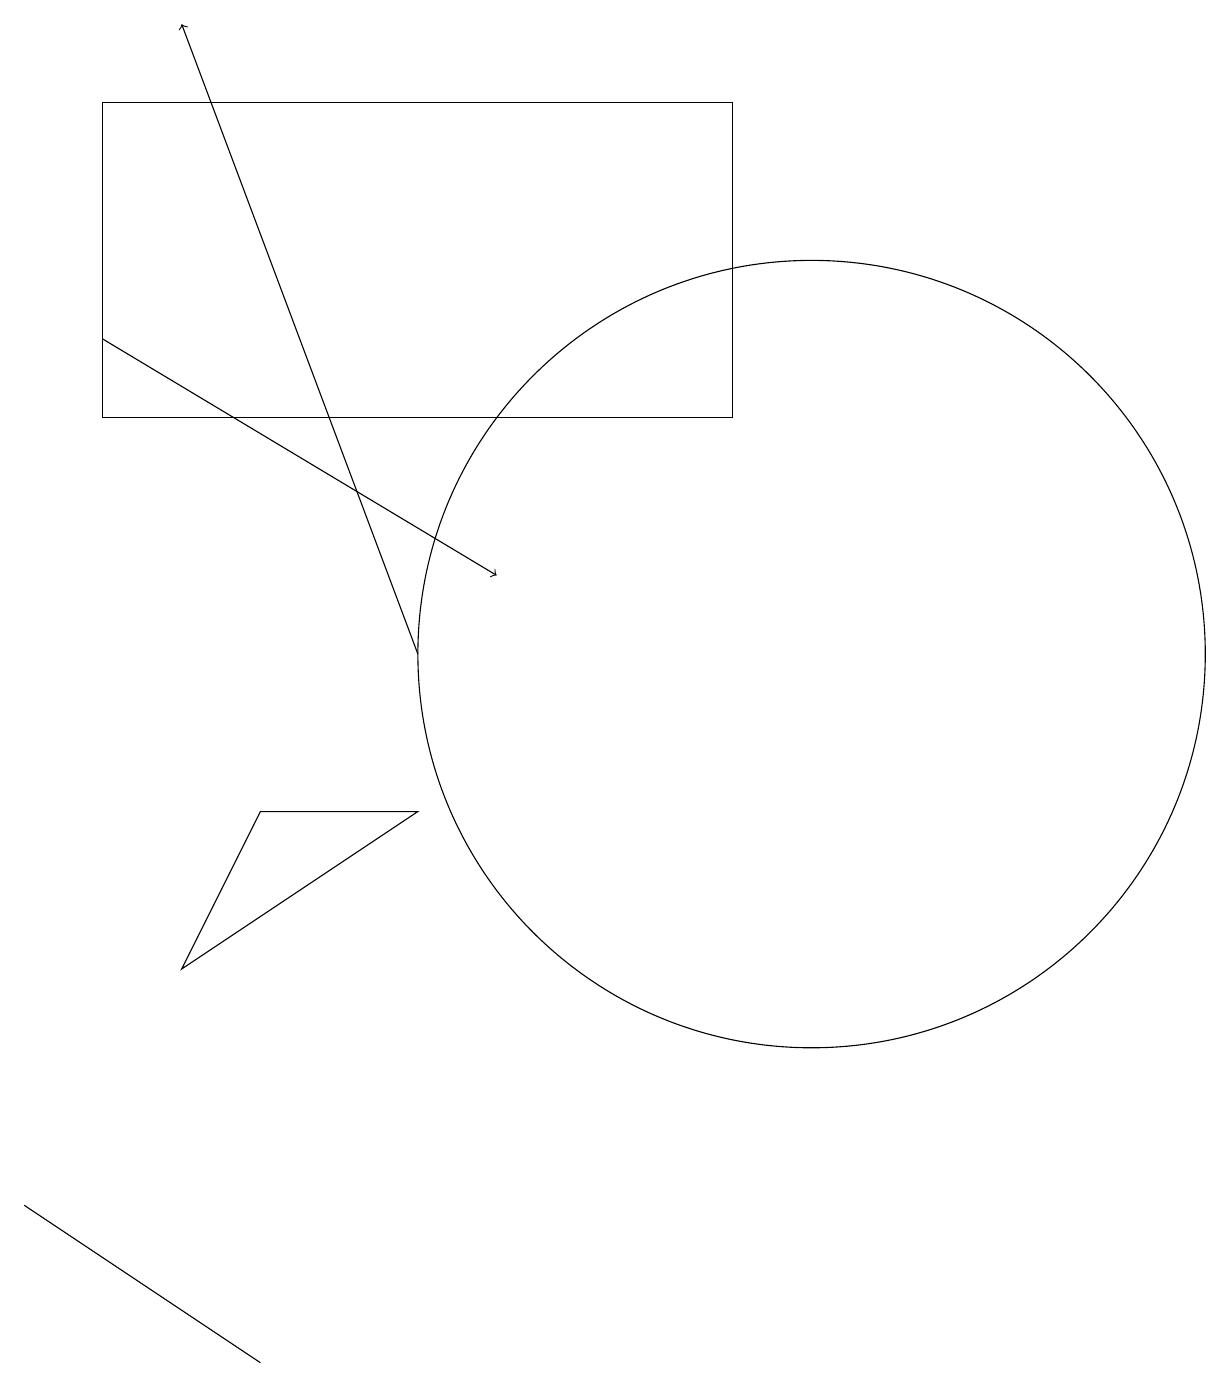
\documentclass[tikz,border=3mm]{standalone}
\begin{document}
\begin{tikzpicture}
\draw[->] (5,11) -- (2,19);
\draw (10,11) circle (5);
\draw (9,14) rectangle (8,14);
\draw (1,18) rectangle (9,14);
\draw[->] (1,15) -- (6,12);
\draw (3,9) -- (5,9) -- (2,7) -- cycle;
\draw (0,4) -- (3,2) -- (0,4) -- cycle;
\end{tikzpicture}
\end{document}